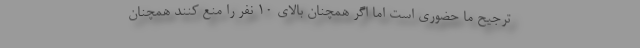
ترجیح ما حضوری است اما اگر همچنان بالای 10 نفر را منع کنند همچنان